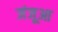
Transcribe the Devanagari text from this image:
जंजूआ